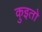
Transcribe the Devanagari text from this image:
कुइतो